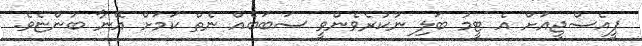
ޕީއެސްޖީއަށް އެ ޓީމު ބަލި ނުކުރެވެންވީ ސަބަބެއް ނެތް ކަމަށް އޭނާ ބުންޏެވެ.